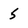
Character: 5